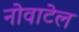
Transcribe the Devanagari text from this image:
नोवाटेल